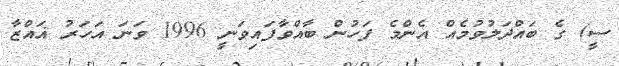
ސީ) ގެ ބައްދަލުވުމެއް އެންމެ ފަހުން ބާއްވާފައިވަނީ 1996 ވަނަ އަހަރު ޣައްޒާ